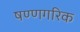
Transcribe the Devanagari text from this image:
षण्णगरिक